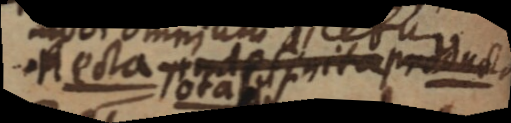
Recta indefinita producto